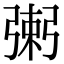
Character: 𢐌